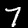
Label: 7